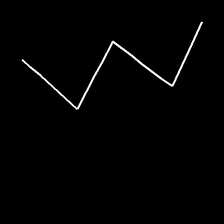
Glyph: crush